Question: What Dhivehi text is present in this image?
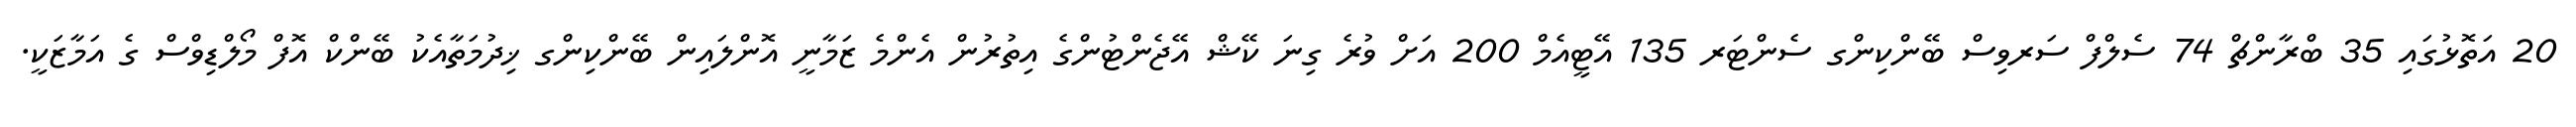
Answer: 20 އަތޮޅުގައި 35 ބްރާންޗް 74 ސެލްފް ސަރވިސް ބޭންކިންގ ސެންޓަރ 135 އޭޓީއެމް 200 އަށް ވުރެ ގިނަ ކޭޝް އޭޖެންޓުންގެ އިތުރުން އެންމެ ޒަމާނީ އޮންލައިން ބޭންކިންގ ޚިދުމަތާއެކު ބޭންކް އޮފް މޯލްޑިވްސް ގެ އަމާޒަކީ.